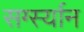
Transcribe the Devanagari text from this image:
सर्ग्स्यान